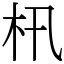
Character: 㭄